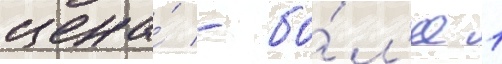
цена́ - бо́л'ее 1